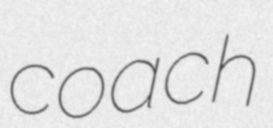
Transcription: coach